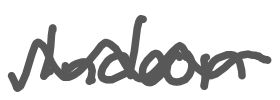
Text: Indoor
Cross-out: wave
Writing tool: digital_gray